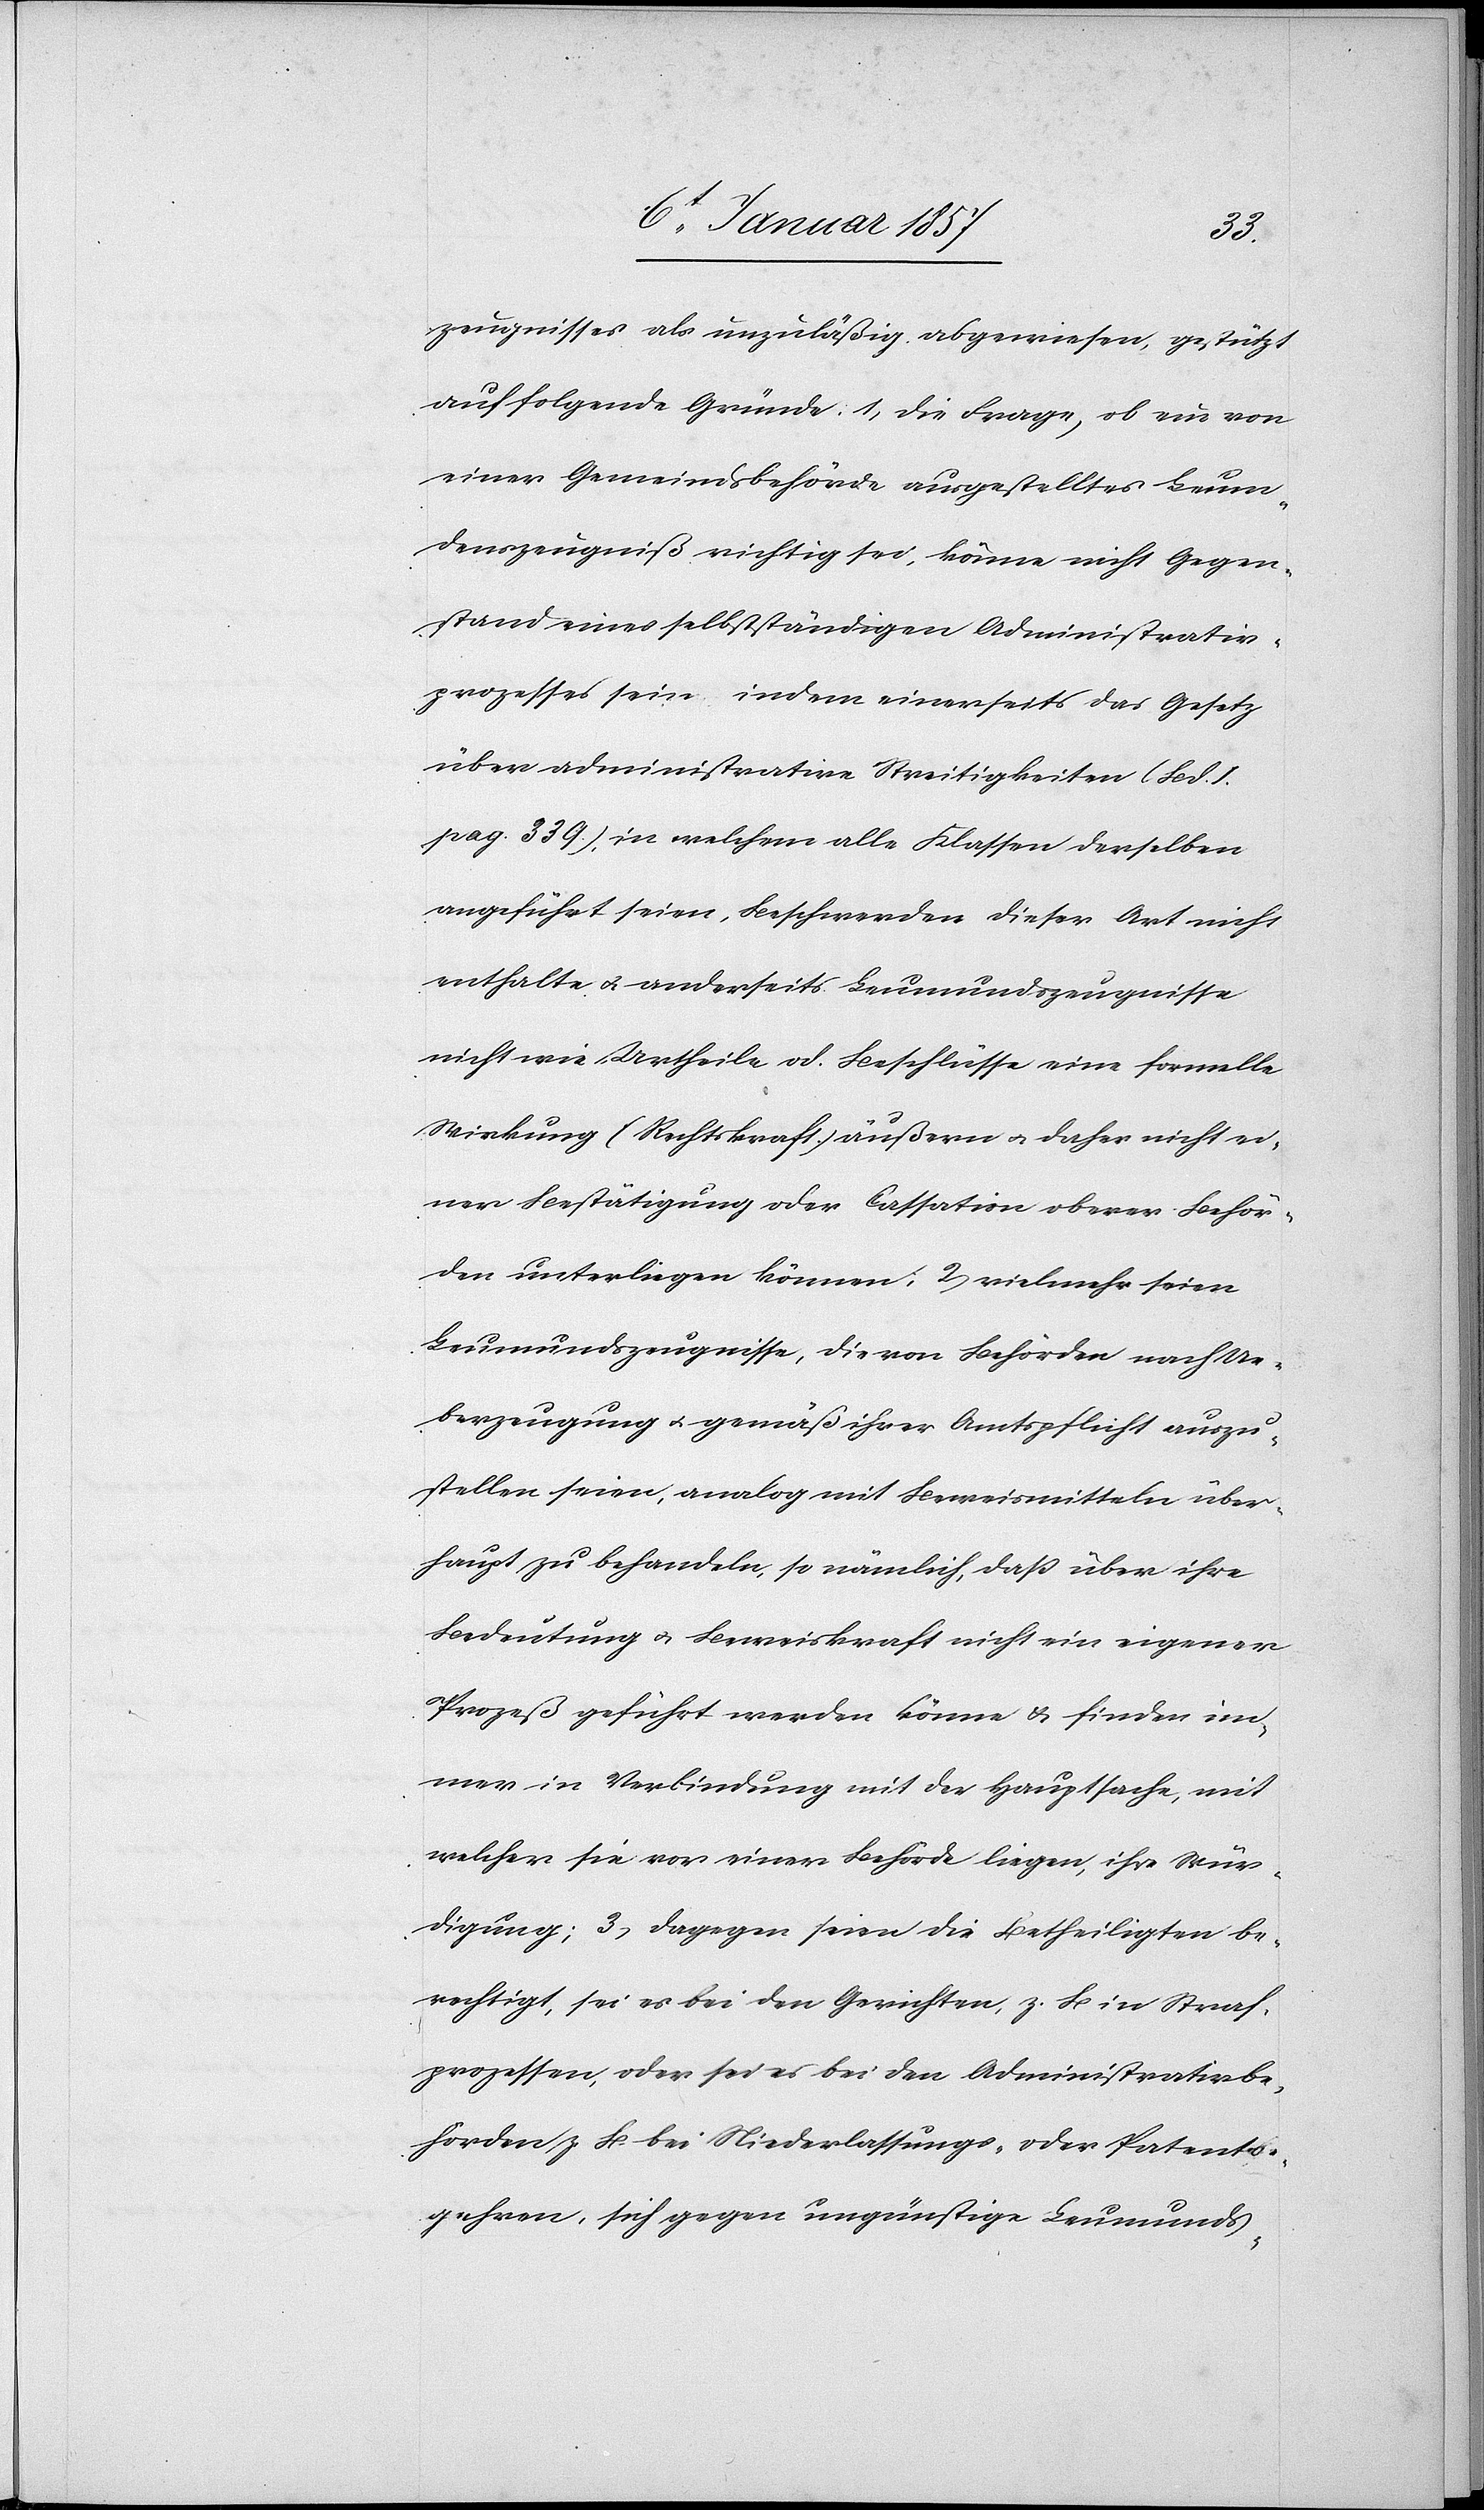
zeugnisses als unzuläßig abgewiesen, gestützt
auf folgende Gründe: 1, Die Frage, ob ein von
einer Gemeindsbehörde ausgestelltes Leum¬
denszeugniß richtig sei, könne nicht Gegen¬
stand eines selbstständigen Administrativ¬
prozesses sein indem einerseits das Gesetz
über administrative Streitigkeiten (Bd. 1.
pag. 339.), in welchem alle Klassen derselben
angeführt seien, Beschwerden dieser Art nicht
enthalte u. anderseits Leumundszeugnisse
nicht wie Urtheile od. Beschlüsse eine formelle
Wirkung (Rechtskraft.) äußern u. daher nicht ei¬
ner Bestätigung oder Cassation oberer Behör¬
den unterliegen können; 2, vielmehr seien
Leumundszeugnisse, die von Behörden nach Ue¬
berzeugung u. gemäß ihrer Amtspflicht auszu¬
stellen seien, analog mit Beweismitteln über¬
haupt zu behandeln, so nämlich, daß über ihre
Bedeutung u. Beweiskraft nicht ein eigener
Prozeß geführt werden könne & finden im¬
mer in Verbindung mit der Hauptsache, mit
welcher sie vor einer Behörde liegen, ihre Wür¬
digung; 3, dagegen seien die Betheiligten be¬
rechtigt, sei es bei den Gerichten, z. B in Straf¬
prozessen, oder sei es bei den Administrativbe¬
hörden z. B bei Niederlassungs- oder Patents[b¬
e]gehren, sich gegen ungünstige Leumunds-